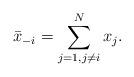
LaTeX: \begin{align*}\bar x_{-i} = \sum_{j=1, j \neq i}^Nx_j.\end{align*}